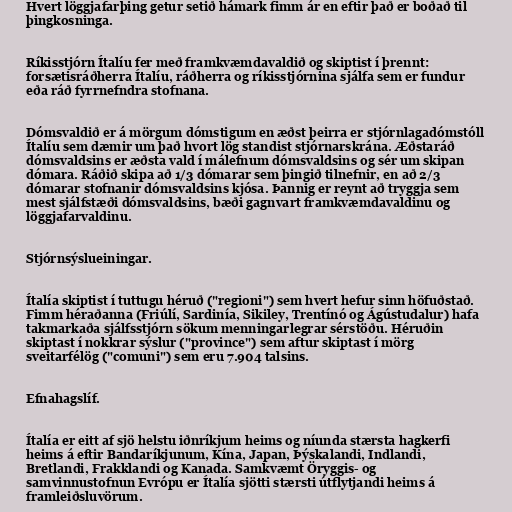
Hvert löggjafarþing getur setið hámark fimm ár en eftir það er boðað til
þingkosninga.

Ríkisstjórn Ítalíu fer með framkvæmdavaldið og skiptist í þrennt:
forsætisráðherra Ítalíu, ráðherra og ríkisstjórnina sjálfa sem er fundur
eða ráð fyrrnefndra stofnana.

Dómsvaldið er á mörgum dómstigum en æðst þeirra er stjórnlagadómstóll
Ítalíu sem dæmir um það hvort lög standist stjórnarskrána. Æðstaráð
dómsvaldsins er æðsta vald í málefnum dómsvaldsins og sér um skipan
dómara. Ráðið skipa að 1/3 dómarar sem þingið tilnefnir, en að 2/3
dómarar stofnanir dómsvaldsins kjósa. Þannig er reynt að tryggja sem
mest sjálfstæði dómsvaldsins, bæði gagnvart framkvæmdavaldinu og
löggjafarvaldinu.

Stjórnsýslueiningar.

Ítalía skiptist í tuttugu héruð ("regioni") sem hvert hefur sinn höfuðstað.
Fimm héraðanna (Friúlí, Sardinía, Sikiley, Trentínó og Ágústudalur) hafa
takmarkaða sjálfsstjórn sökum menningarlegrar sérstöðu. Héruðin
skiptast í nokkrar sýslur ("province") sem aftur skiptast í mörg
sveitarfélög ("comuni") sem eru 7.904 talsins.

Efnahagslíf.

Ítalía er eitt af sjö helstu iðnríkjum heims og níunda stærsta hagkerfi
heims á eftir Bandaríkjunum, Kína, Japan, Þýskalandi, Indlandi,
Bretlandi, Frakklandi og Kanada. Samkvæmt Öryggis- og
samvinnustofnun Evrópu er Ítalía sjötti stærsti útflytjandi heims á
framleiðsluvörum.